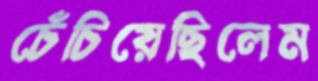
চেঁচিয়েছিলেম